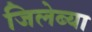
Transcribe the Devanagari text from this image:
जिलेब्या